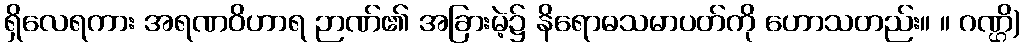
ရှိလေရကား အရဏဝိဟာရ ဉာဏ်၏ အခြားမဲ့၌ နိရောဓသမာပတ်ကို ဟောသတည်း။ ။ ဂဏ္ဌိ)